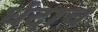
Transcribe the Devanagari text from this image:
धंदाच